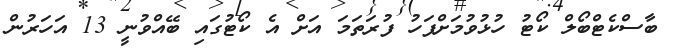
ބާސްކެޓްބޯލް ކޯޓު ހުޅުވުމަށްފަހު ފުރަތަމަ އަށް އެ ކޯޓުގައި ބޭއްވުނީ 13 އަހަރުން